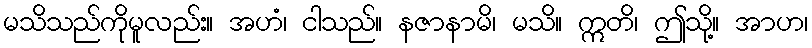
မသိသည်ကိုမူလည်း။ အဟံ၊ ငါသည်။ နဇာနာမိ၊ မသိ။ ဣတိ၊ ဤသို့။ အာဟ၊